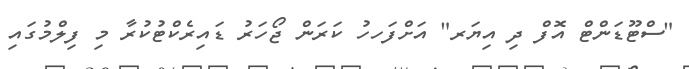
"ސްޓޫޑަންޓް އޮފް ދި އިޔަރ" އަށްފަހހު ކަރަން ޖޯހަރު ޑައިރެކްޓުކުރާ މި ފިލްމުގައި